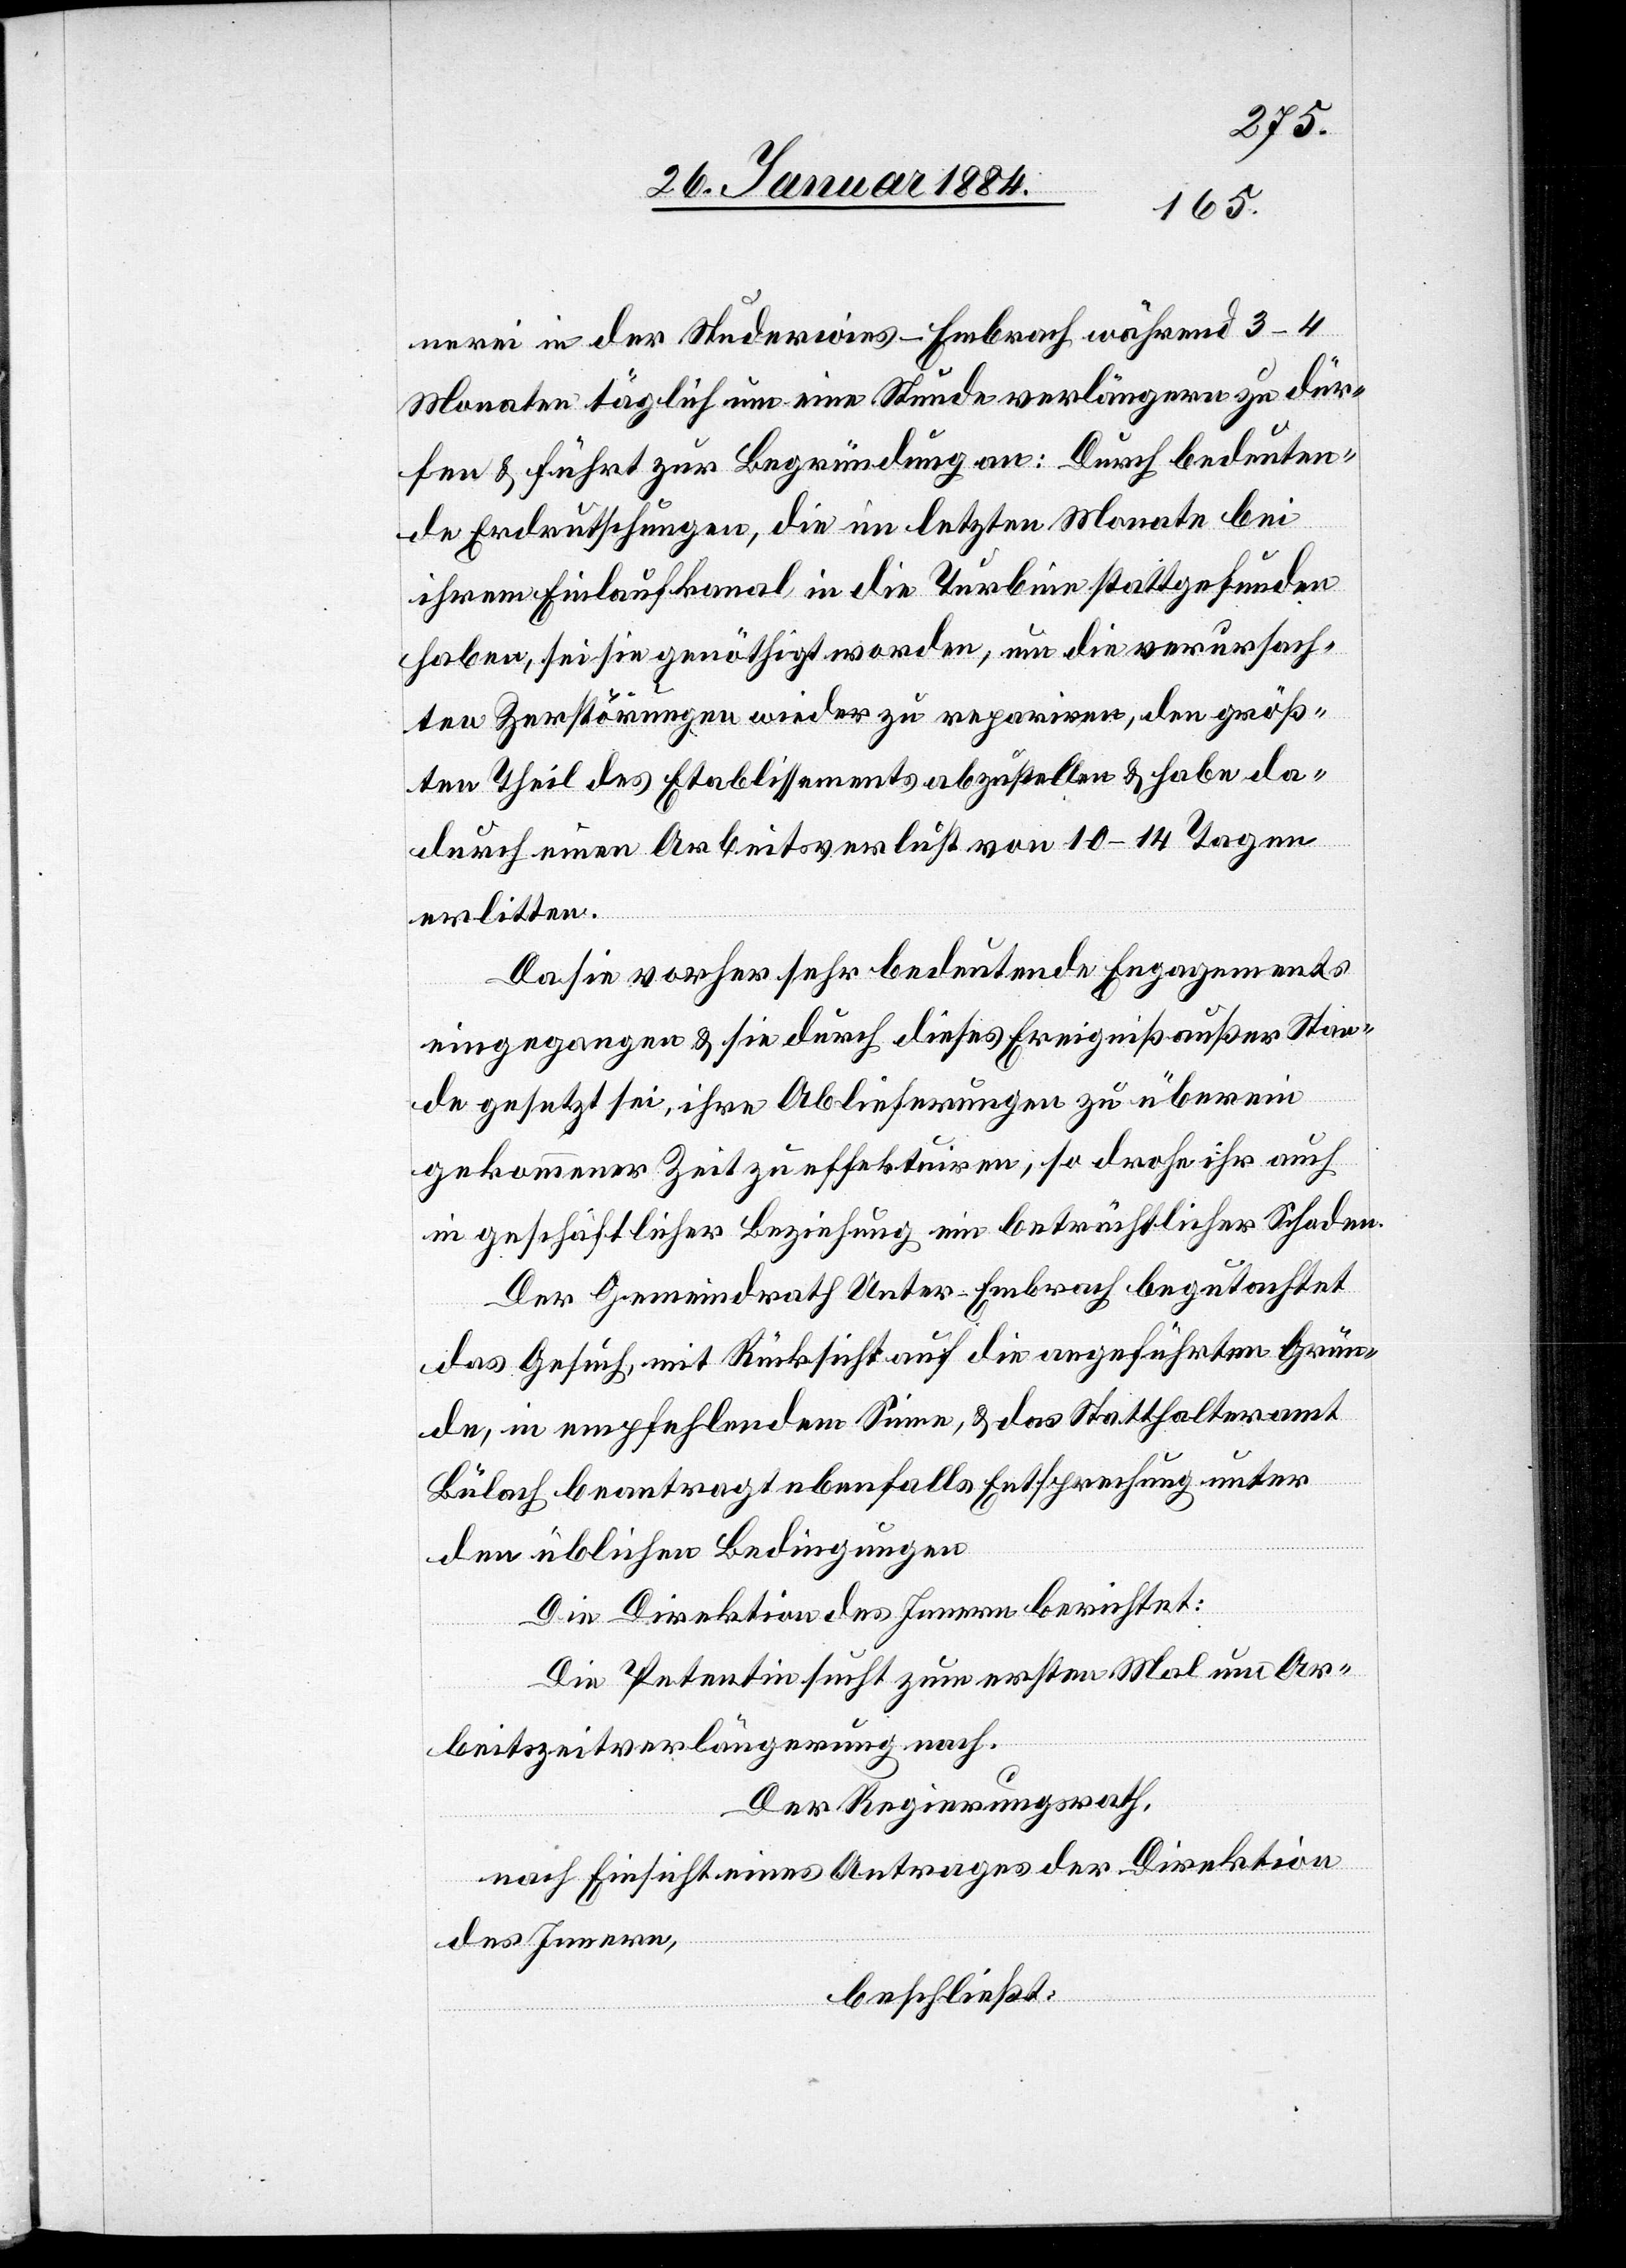
nerei in der Studerwies - Embrach, während 3–4
Monaten täglich um eine Stunde verlängern zu dür¬
fen & führt zu Begründung an: Durch bedeuten¬
de Erdrutschungen, die im letzten Monate bei
ihrem Einlaufkanal in die Turbine stattgefunden
haben, sei sie genöthigt worden, um die verursach¬
te Zerstörung wieder zu repariren den größ¬
ten Theil des Etablissements abzustellen & habe da¬
durch einen Arbeitsverlust von 10–14 Tagen
erlitten.
Da sie vorher sehr bedeutende Engagements
eingegangen & sie durch dieses Ereigniß außer Stan¬
d gesetzt sei, ihre Ablieferungen zu überein
gekommener Zeit zu effektuiren, so drohe ihr auch
in geschäftlicher Beziehung ein beträchtlicher Schaden.
Der Gemeindrath Unter-Embrach begutachtet
das Gesuch, mit Rücksicht auf die angeführten Grün¬
de, in empfehlendem Sinne, & das Statthalteramt
Bülach beantragt ebenfalls Entsprechung unter
den üblichen Bedingungen.
Die Direktion des Innern berichtet:
Die Petentin sucht zum ersten Mal um Ar¬
beitszeitverlängerung nach.
Der Regierungsrath,
nach Einsicht eines Antrages der Direktion
des Innern,
beschließt: